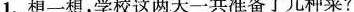
1.想一想，学校这两天一共准备了几种菜?